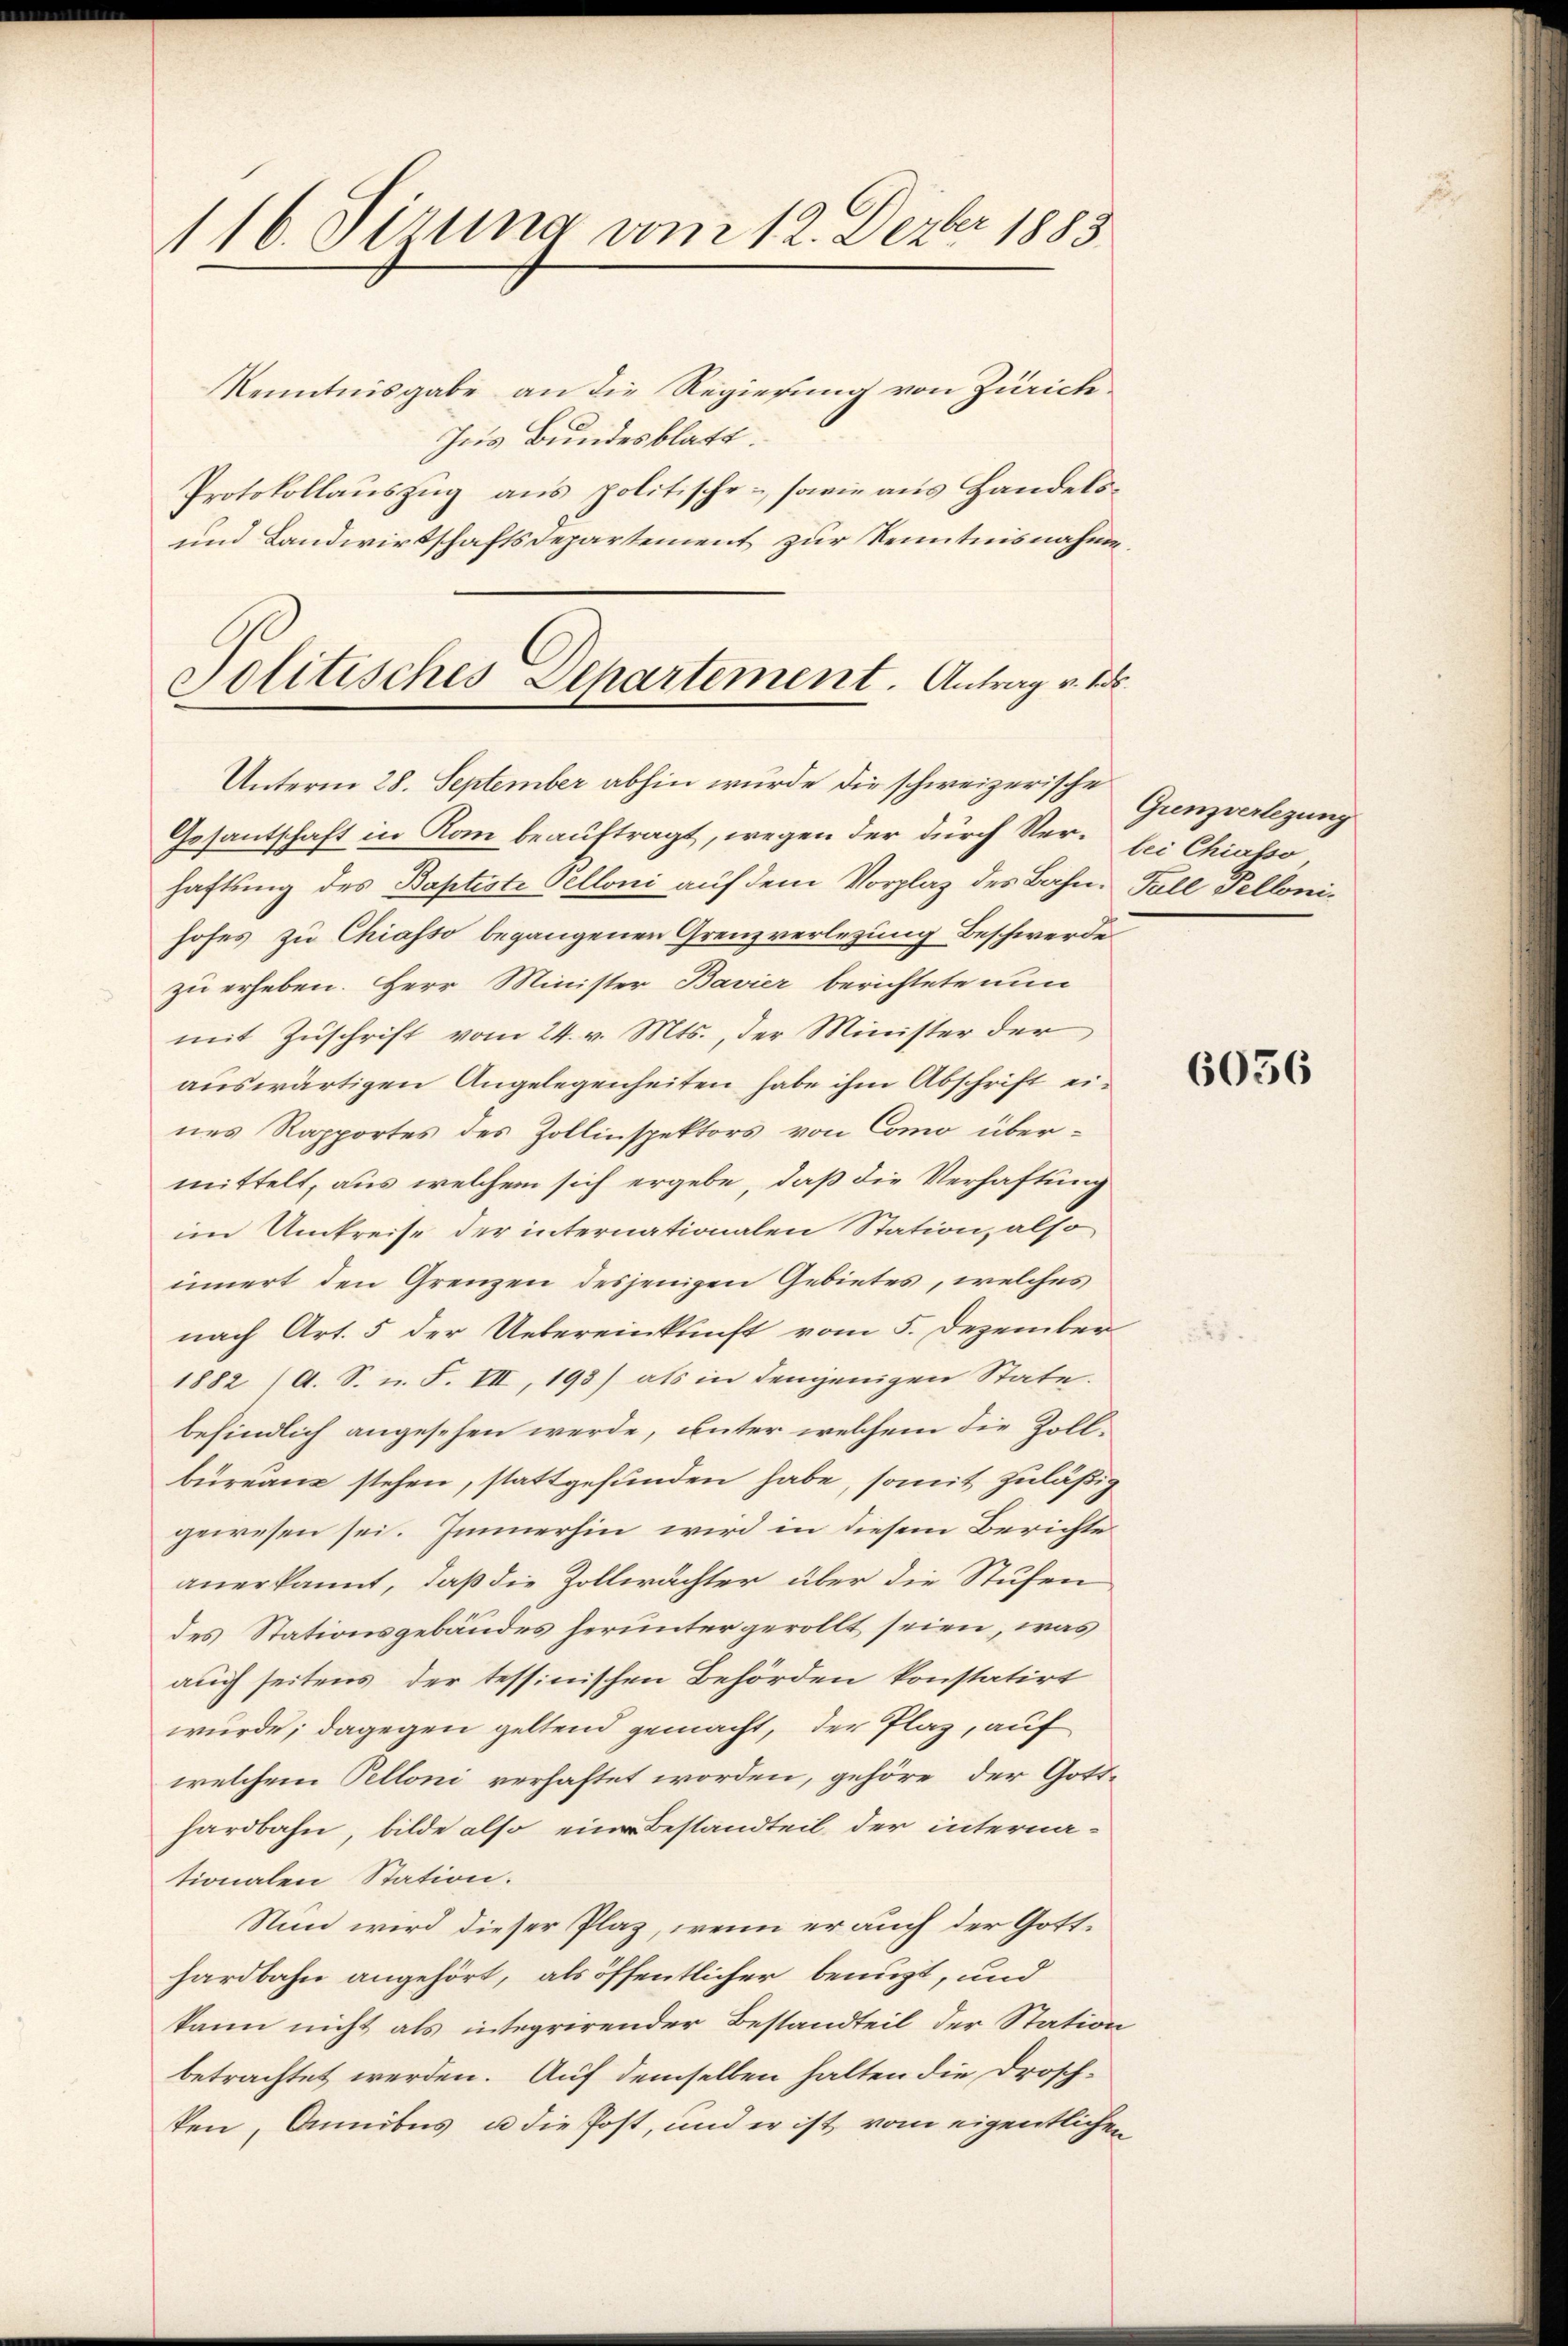
116. Jirung vom 12. Dezbr 1883

Jolitisches Departement. Antrag v. 1. ds.
Unterm 28. September abhin wurde die schweizerische

Kenntnisgabe an die Regierung von Zürich.
Jus Bundesblatt.
Protokollauszug aus politische sowie aus Handels¬
und Landwirtschaftsdepartement zur Kenntnisnahme,
Gesantschaft in Rom beauftragt, wegen der durch Ver- bei Chiasso,
haftung des Baptiste Pelloni auf dem Vorplaz des Bahn. Fall Fellonihofes zu Chiasso begangenen Grenzverlegung Beschwerde
zu erheben. Herr Minister Bavier berichtete nun
mit Zuschrift vom 24. v. Mts., der Minister der
auswärtigen Angelegenheiten habe ihm Abschrift eines Rapportes des Zollinspektors von Como übermittelt, aus welchem sich ergebe, daß die Verhaftung
im Umkreise der internationalen Station, also
innert den Grenzen desjenigen Gebietes, welches
nach Art. 5 der Uebereinkunft vom 5. Dezember
1882 (A. S. u. F. VII, 193) als in denjenigen State.
befindlich angesehen werde, unter welchem die Zollbureau stehen, stattgefunden habe, somit zuläßig
gewesen sei. Immerhin wird in diesem Berichte
anerkannt, daß die Zollwächter über die Stufen
des Stationsgebäudes herunter gerollt seien, was
auch seitens der tessinischen Behörden konstatirt
wurde; dagegen geltend gemacht, der Plaz, auf
welchem Pelloni verhaftet worden, gehöre, der Gott-
hardbahn, bilde also ein Bestandteil der internationalen Station.
Nun wird dieser Plaz, wenn er auch der Gotthardbahn angehört, als öffentlicher benuzt, und
kann nicht als integrirender Bestandteil der Station
betrachtet werden. Auf demselben halten die Drosch-
ken, Annibus u die Post, und er ist vom eigentlichen

Grenzverlegung

6036